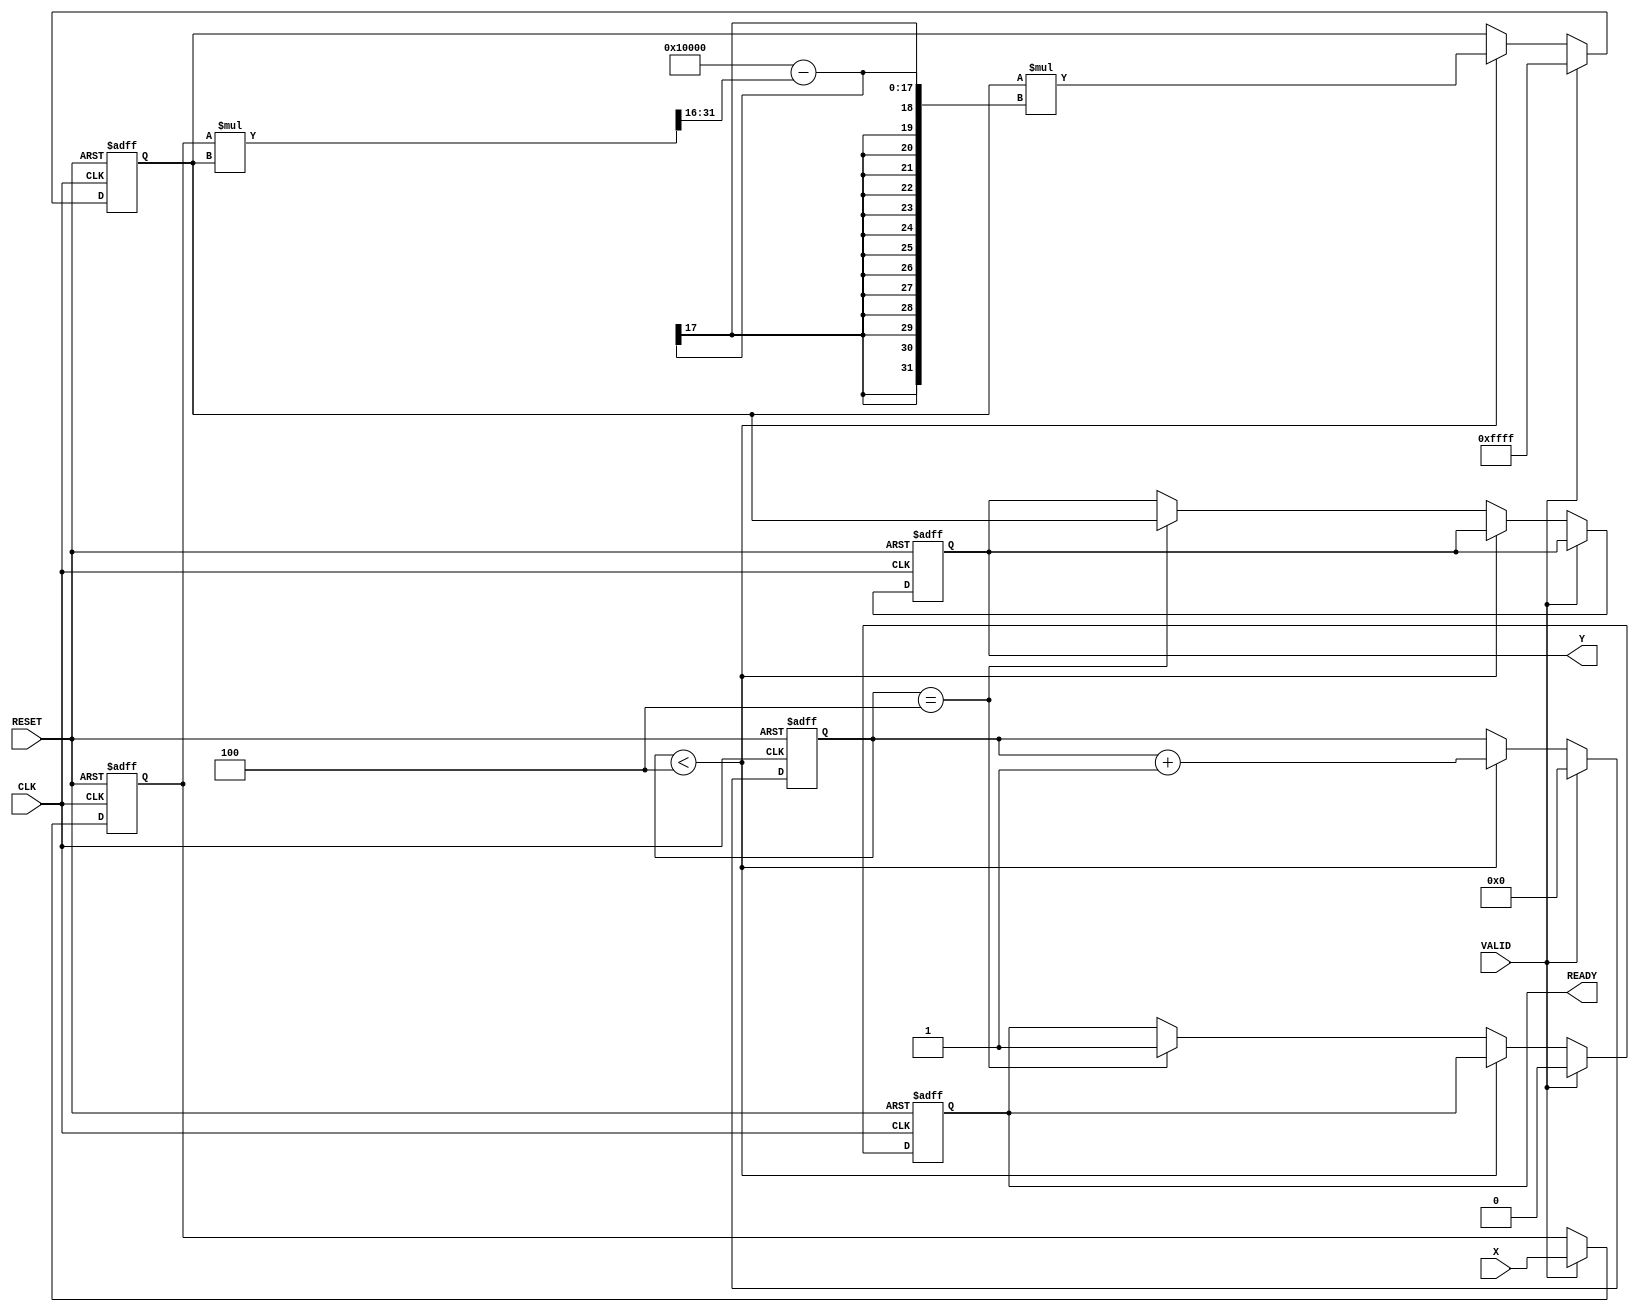
module DirectReciprocalUnit #(
    parameter WIDTH = 16,          // Width of the input data
    parameter ITERATIONS = 4       // Number of iterations for Newton-Raphson
)(
    input  wire                  CLK,        // Clock signal
    input  wire                  RESET,      // Asynchronous reset
    input  wire [WIDTH-1:0]     X,          // Input Data
    input  wire                  VALID,      // Input valid signal
    output reg  [WIDTH-1:0]     Y,          // Output Data (reciprocal)
    output reg                  READY        // Output ready signal
);

    reg [WIDTH-1:0] x_reg; // Register to hold input value
    reg [WIDTH-1:0] r;     // Current estimate of the reciprocal
    reg [3:0] counter;     // Iteration counter

    // Asynchronous reset and input capture
    always @(posedge CLK or posedge RESET) begin
        if (RESET) begin
            x_reg <= 0;
            Y <= 0;
            READY <= 0;
            counter <= 0;
            r <= 0;
        end else if (VALID) begin
            x_reg <= X; // Capture input
            r <= {WIDTH{1'b1}}; // Initial guess for reciprocal (1 in fixed-point)
            counter <= 0;      // Reset counter
            READY <= 0;       // Initially not ready
        end else if (counter < ITERATIONS) begin
            // Newton-Raphson Iteration: r = r * (2 - x * r)
            r <= r * (2**WIDTH - (x_reg * r >> WIDTH));
            counter <= counter + 1; // Increment iteration counter
        end else if (counter == ITERATIONS) begin
            Y <= r;              // Store the final result
            READY <= 1;         // Indicate that the output is ready
        end
    end

endmodule